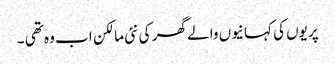
پریوں کی کہانیوں والے گھر کی نئی مالکن اب وہ تھی ۔